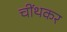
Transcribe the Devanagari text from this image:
चींथकर